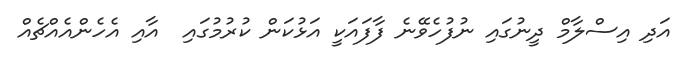
އަދި އިސްލާމް ދީނުގައި ނުފުހެވޭނެ ފާފައަކީ އަޅުކަން ކުުރުމުގައި  އާއި އެހެންއެއްޗެއް